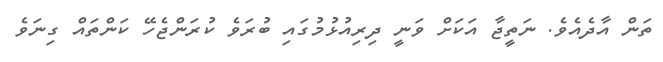
ތަން އާދެއެވެ. ނަތީޖާ އަކަށް ވަނީ ދިރިއުޅުމުގައި ބުރަވެ ކުރަންޖެހޭ ކަންތައް ގިނަވެ